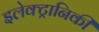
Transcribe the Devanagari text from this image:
इलेक्‍ट्रानिकी